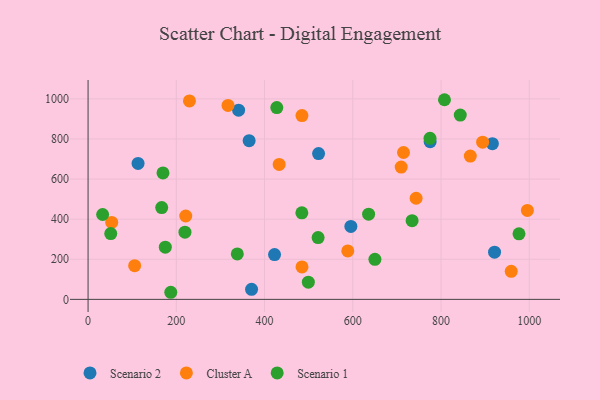
{"axis": {"x": "Investment", "y": "Yield"}, "legend": ["Cluster A", "Scenario 1", "Scenario 2"], "data": [{"x": "775.4", "y": 786.6, "type": "Scenario 2"}, {"x": "522.5", "y": 727.2, "type": "Scenario 2"}, {"x": "365.1", "y": 791.7, "type": "Scenario 2"}, {"x": "916.5", "y": 776.6, "type": "Scenario 2"}, {"x": "422.7", "y": 223.6, "type": "Scenario 2"}, {"x": "370.6", "y": 49.9, "type": "Scenario 2"}, {"x": "341.2", "y": 943.5, "type": "Scenario 2"}, {"x": "595.7", "y": 363.6, "type": "Scenario 2"}, {"x": "113.3", "y": 678.3, "type": "Scenario 2"}, {"x": "921.4", "y": 235.6, "type": "Scenario 2"}, {"x": "715.0", "y": 732.6, "type": "Cluster A"}, {"x": "221.4", "y": 415.9, "type": "Cluster A"}, {"x": "866.4", "y": 714.9, "type": "Cluster A"}, {"x": "433.2", "y": 673.0, "type": "Cluster A"}, {"x": "317.2", "y": 967.5, "type": "Cluster A"}, {"x": "959.2", "y": 140.1, "type": "Cluster A"}, {"x": "53.6", "y": 383.9, "type": "Cluster A"}, {"x": "105.6", "y": 168.0, "type": "Cluster A"}, {"x": "229.8", "y": 989.6, "type": "Cluster A"}, {"x": "484.8", "y": 916.7, "type": "Cluster A"}, {"x": "743.6", "y": 504.4, "type": "Cluster A"}, {"x": "995.8", "y": 443.8, "type": "Cluster A"}, {"x": "588.7", "y": 241.5, "type": "Cluster A"}, {"x": "484.9", "y": 161.6, "type": "Cluster A"}, {"x": "709.8", "y": 659.8, "type": "Cluster A"}, {"x": "894.4", "y": 784.1, "type": "Cluster A"}, {"x": "635.9", "y": 424.9, "type": "Scenario 1"}, {"x": "976.8", "y": 326.9, "type": "Scenario 1"}, {"x": "51.4", "y": 328.3, "type": "Scenario 1"}, {"x": "650.2", "y": 199.5, "type": "Scenario 1"}, {"x": "734.5", "y": 392.3, "type": "Scenario 1"}, {"x": "338.3", "y": 226.8, "type": "Scenario 1"}, {"x": "843.7", "y": 919.3, "type": "Scenario 1"}, {"x": "499.3", "y": 86.0, "type": "Scenario 1"}, {"x": "166.9", "y": 457.8, "type": "Scenario 1"}, {"x": "775.1", "y": 803.5, "type": "Scenario 1"}, {"x": "175.1", "y": 260.5, "type": "Scenario 1"}, {"x": "187.5", "y": 35.4, "type": "Scenario 1"}, {"x": "33.0", "y": 423.3, "type": "Scenario 1"}, {"x": "219.6", "y": 335.1, "type": "Scenario 1"}, {"x": "169.8", "y": 630.7, "type": "Scenario 1"}, {"x": "521.4", "y": 308.4, "type": "Scenario 1"}, {"x": "427.8", "y": 956.5, "type": "Scenario 1"}, {"x": "807.9", "y": 995.8, "type": "Scenario 1"}, {"x": "484.6", "y": 431.5, "type": "Scenario 1"}]}